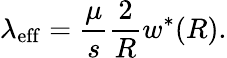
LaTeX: \lambda_{\mathrm{eff}}=\frac{\mu}{s}\frac{2}{R}w^{*}(R).